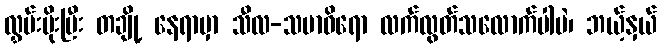
လွှမ်းမိုးပြီး တချို့ နေရာမှာ သီလ-သမာဓိရော လက်လွတ်သလောက်ပါပဲ၊ ဘယ့်နှယ်